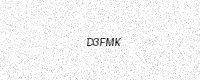
Text: D3FMK